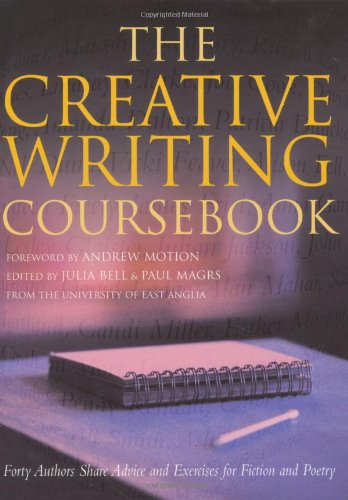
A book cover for The Creative Writing Coursebook: Forty Authors Share Advice and Exercises for Fiction and Poetry; Reference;